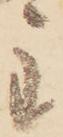
主